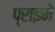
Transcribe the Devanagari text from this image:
प्राइमे